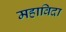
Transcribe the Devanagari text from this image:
महाविदा